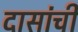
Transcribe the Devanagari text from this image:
दासांची